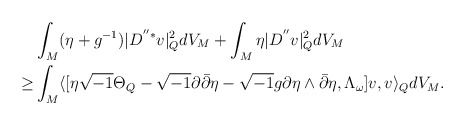
\begin{align*}&\int_M (\eta+g^{-1})|D^{''*}v|^2_QdV_M+\int_M \eta|D^{''}v|^2_QdV_M \\\ge &\int_M \langle[\eta \sqrt{-1}\Theta_Q-\sqrt{-1}\partial \bar{\partial}\eta-\sqrt{-1}g\partial\eta \wedge\bar{\partial}\eta, \Lambda_{\omega}]v,v\rangle_QdV_M.\end{align*}